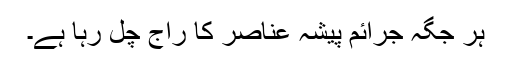
ہر جگہ جرائم پیشہ عناصر کا راج چل رہا ہے۔